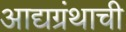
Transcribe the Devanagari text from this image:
आद्यग्रंथाची